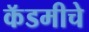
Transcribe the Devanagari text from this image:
कॅडमीचे